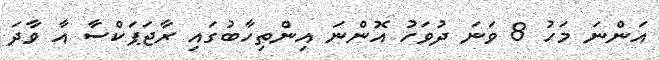
އަންނަ މަހު 8 ވަނަ ދުވަހު އޮންނަ އިންތިހާބުގައި ރާޖަޕަކްސާ އާ ވާދަ